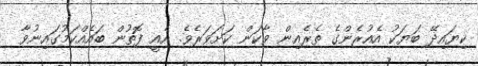
ކިޔައިދޭ ބަޔަކު އެއުރެންގެ ތެރެއިން ވާކަން ކަށަވަރެވެ. އެއީ ފޮތުން ބައެއްކަމުގައިނުވާ